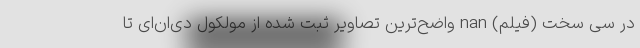
در سی سخت (فیلم) nan واضح‌ترین تصاویر ثبت شده از مولکول دی‌ان‌ای تا